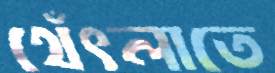
থেঁৎলাতে